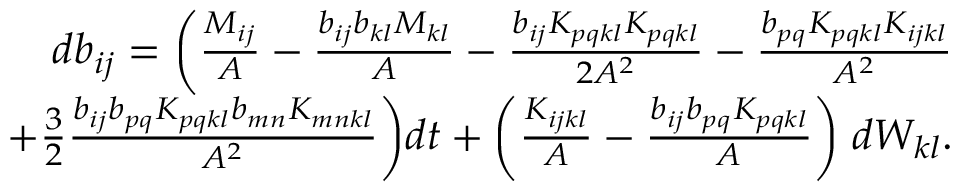
\begin{array} { r } { d b _ { i j } = \bigg ( \frac { M _ { i j } } { A } - \frac { b _ { i j } b _ { k l } M _ { k l } } { A } - \frac { b _ { i j } K _ { p q k l } K _ { p q k l } } { 2 A ^ { 2 } } - \frac { b _ { p q } K _ { p q k l } K _ { i j k l } } { A ^ { 2 } } } \\ { + \frac { 3 } { 2 } \frac { b _ { i j } b _ { p q } K _ { p q k l } b _ { m n } K _ { m n k l } } { A ^ { 2 } } \bigg ) d t + \bigg ( \frac { K _ { i j k l } } { A } - \frac { b _ { i j } b _ { p q } K _ { p q k l } } { A } \bigg ) \; d W _ { k l } . } \end{array}